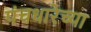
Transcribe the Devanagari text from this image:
पंचधारेच्या